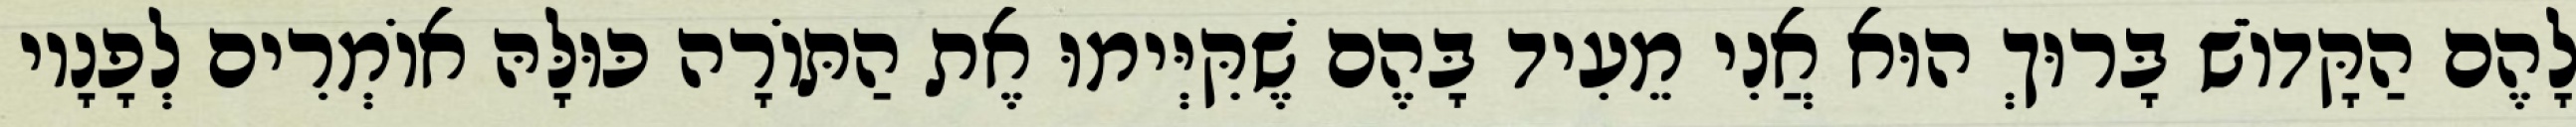
לָהֶם הַקָּדוֹשׁ בָּרוּךְ הוּא אֲנִי מֵעִיד בָּהֶם שֶׁקִּיְּימוּ אֶת הַתּוֹרָה כּוּלָּהּ אוֹמְרִים לְפָנָיו